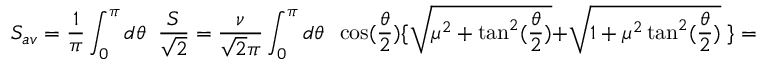
S _ { a v } = \frac { 1 } { \pi } \int _ { 0 } ^ { \pi } d \theta \; \; \frac { S } { \sqrt { 2 } } = \frac { \nu } { \sqrt { 2 } \pi } \int _ { 0 } ^ { \pi } d \theta \; \; \cos ( \frac { \theta } { 2 } ) \{ \sqrt { \mu ^ { 2 } + \tan ^ { 2 } ( \frac { \theta } { 2 } ) } + \sqrt { 1 + \mu ^ { 2 } \tan ^ { 2 } ( \frac { \theta } { 2 } ) } \; \} = \frac { 2 \sqrt { 2 } \nu } { \pi } E _ { I } ( 1 - \mu ^ { 2 } ) ,